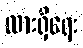
ထားရှိရေး